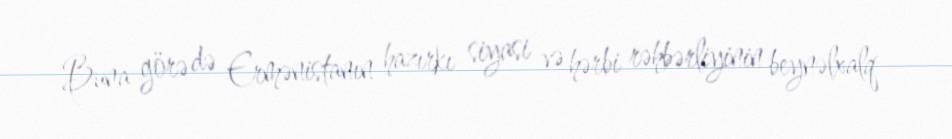
Buna görə də Ermənistanın hazırkı siyasi və hərbi rəhbərliyinin beynəlxalq